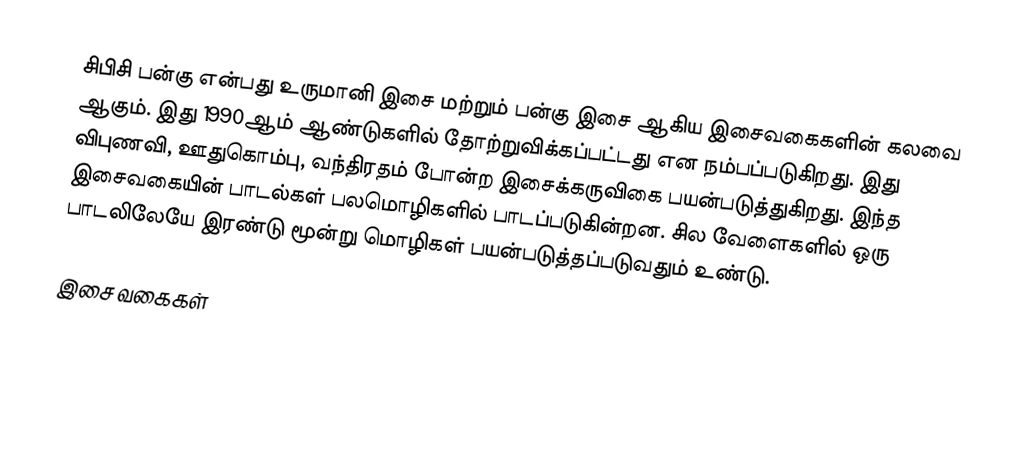
சிபிசி பன்கு என்பது உருமானி இசை மற்றும் பன்கு இசை ஆகிய இசைவகைகளின் கலவை ஆகும். இது 1990ஆம் ஆண்டுகளில் தோற்றுவிக்கப்பட்டது என நம்பப்படுகிறது. இது விபுணவி, ஊதுகொம்பு, வந்திரதம் போன்ற இசைக்கருவிகை பயன்படுத்துகிறது. இந்த இசைவகையின் பாடல்கள் பலமொழிகளில் பாடப்படுகின்றன. சில வேளைகளில் ஒரு பாடலிலேயே இரண்டு மூன்று மொழிகள் பயன்படுத்தப்படுவதும் உண்டு.

இசை வகைகள்